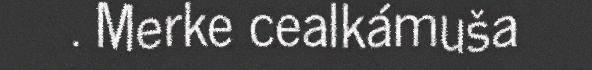
. Merke cealkámuša